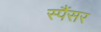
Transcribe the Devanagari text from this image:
स्पैंसर